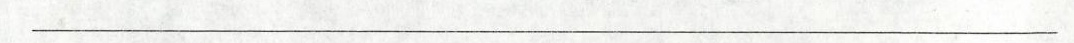
___